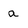
Character: a